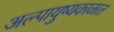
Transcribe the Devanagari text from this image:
अल्पायुष्यकाळात